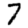
Digit: 7